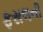
ફસલની